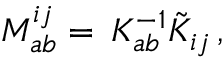
M _ { a b } ^ { i j } = \, K _ { a b } ^ { - 1 } \tilde { K } _ { i j } \, ,